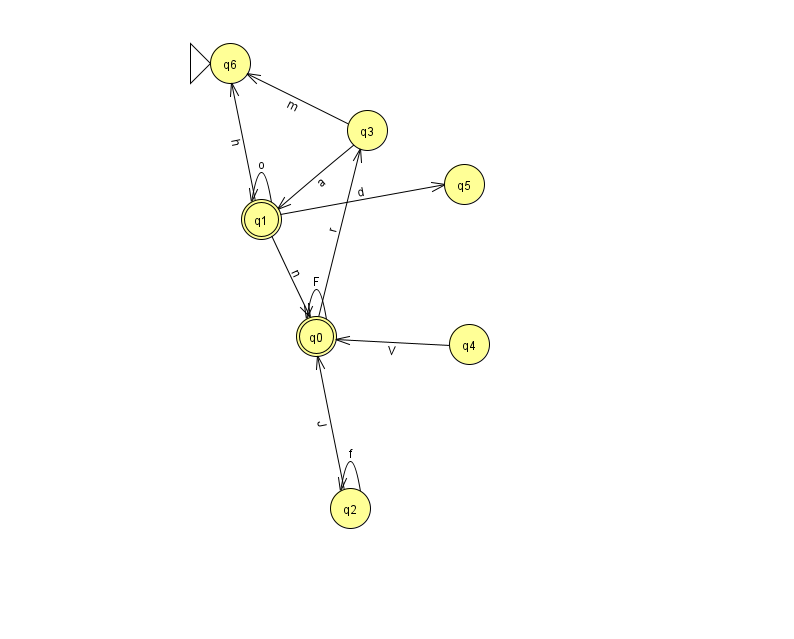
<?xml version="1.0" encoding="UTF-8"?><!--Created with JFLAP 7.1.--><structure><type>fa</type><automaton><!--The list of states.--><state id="0" name="q0"><x>316.0</x><y>323.0</y><final/></state><state id="1" name="q1"><x>261.0</x><y>206.0</y><final/></state><state id="2" name="q2"><x>350.0</x><y>495.0</y></state><state id="3" name="q3"><x>367.0</x><y>117.0</y></state><state id="4" name="q4"><x>469.0</x><y>331.0</y></state><state id="5" name="q5"><x>464.0</x><y>171.0</y></state><state id="6" name="q6"><x>230.0</x><y>50.0</y><initial/></state><!--The list of transitions.--><transition><from>4</from><to>0</to><read>V</read></transition><transition><from>1</from><to>0</to><read>n</read></transition><transition><from>2</from><to>0</to><read>J</read></transition><transition><from>1</from><to>5</to><read>d</read></transition><transition><from>3</from><to>6</to><read>m</read></transition><transition><from>0</from><to>0</to><read>F</read></transition><transition><from>2</from><to>2</to><read>f</read></transition><transition><from>0</from><to>3</to><read>r</read></transition><transition><from>3</from><to>1</to><read>a</read></transition><transition><from>1</from><to>6</to><read>h</read></transition><transition><from>1</from><to>1</to><read>o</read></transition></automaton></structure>